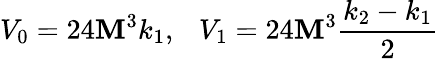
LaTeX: V_{0}=24\mathbf{M}^{3}k_{1},~~~V_{1}=24\mathbf{M}^{3}\frac{{k_{2}-k_{1}}}{{2}}